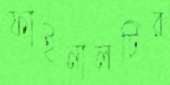
ফাইনালটির